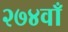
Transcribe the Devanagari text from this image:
२७४वाँ